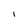
Character: I